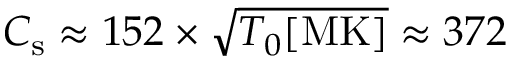
C _ { \mathrm { s } } \approx 1 5 2 \times \sqrt { T _ { 0 } [ \mathrm { M K } ] } \approx 3 7 2